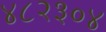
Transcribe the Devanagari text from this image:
४८२३०४